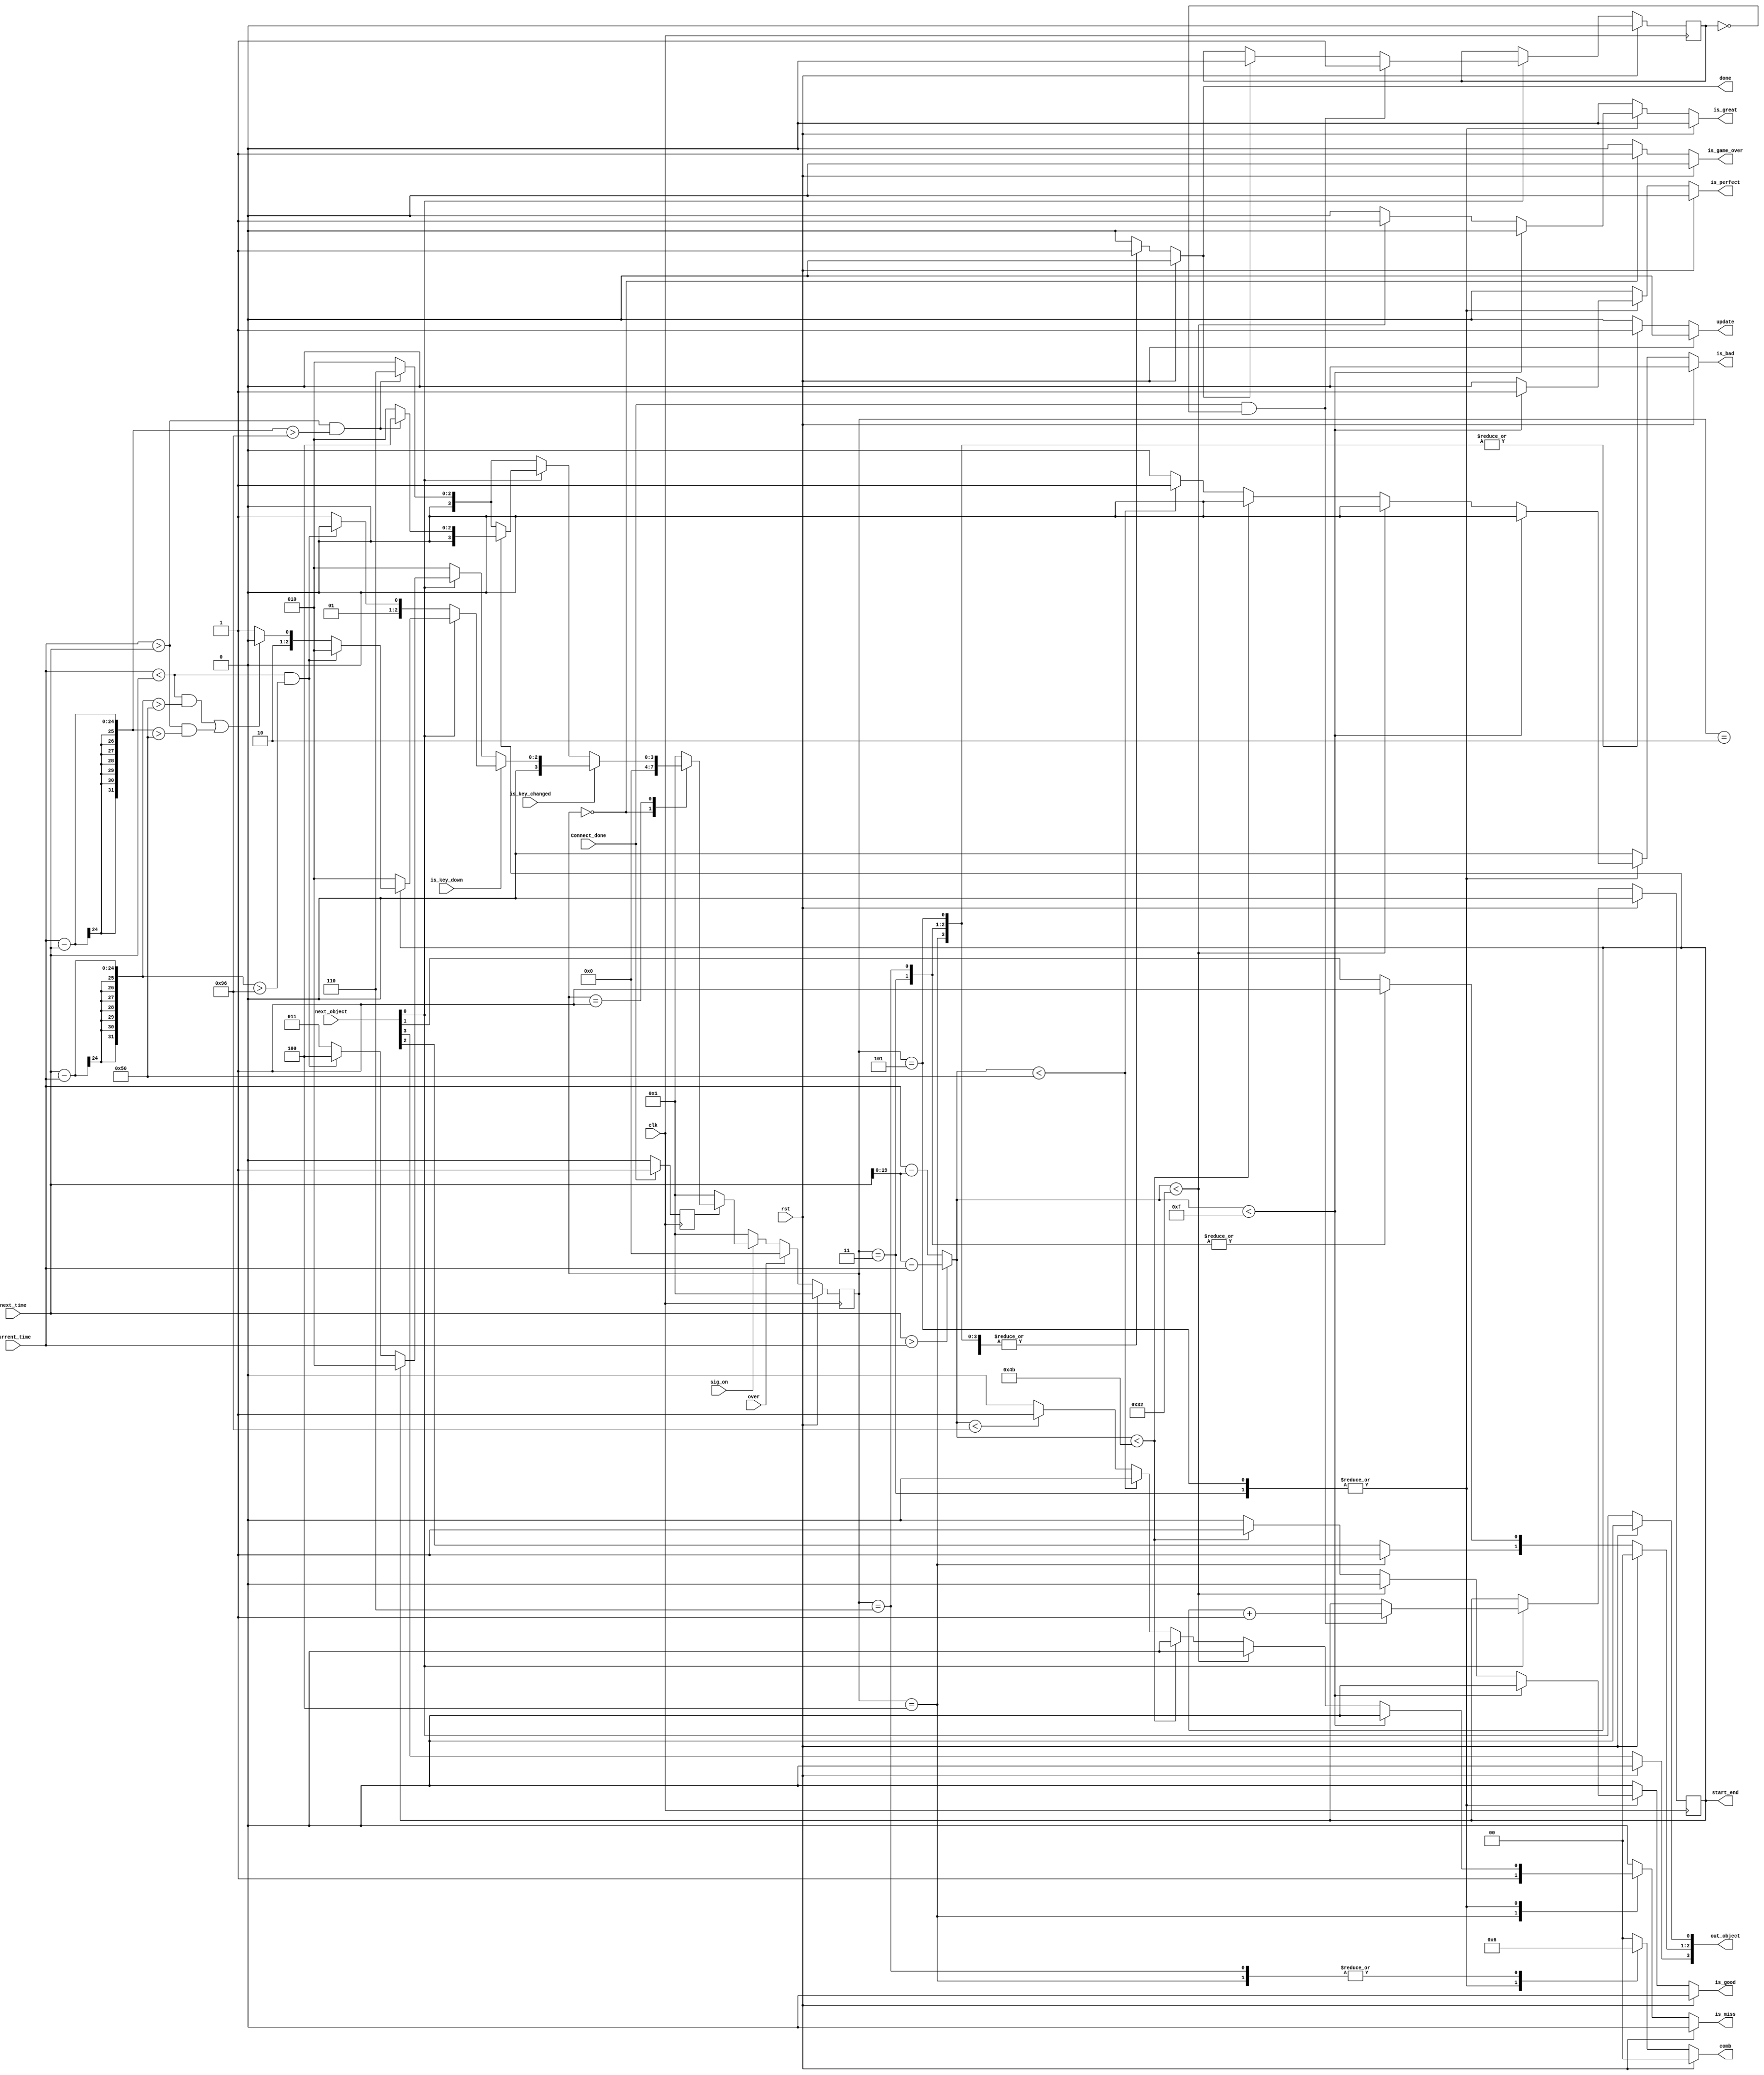
// Copyright (c) UnnamedOrange and Jack-Lyu. Licensed under the MIT License.
// See the LICENSE file in the repository root for full license text.

/// <projectname>mania-to-go</projectname>
/// <modulename>update_single_track_t</modulename>
/// <filedescription> update </filedescription>
/// <version>
/// 0.0.1 (UnnamedOrange) : 
/// 0.0.2 (Jack-Lyu) : 
/// </version>

`timescale 1ns / 1ps

module single_track_judge(
	input clk,
	input rst,
	input sig_on,
	input is_key_down,
	input is_key_changed,
	input [19:0] current_time,
	input [23:0] next_time,
	input [3:0] next_object,
	input over,
	output update,//connect_BRAM
	output [3:0] out_object,
	output [1:0] comb,
	output done,
	output is_game_over,
	output is_miss,
	output is_bad,
	output is_good,
	output is_great,
	output is_perfect,
	output start_end,
	input Connect_done
    );
    
    parameter tmiss=150;
    parameter tbad=80;
    parameter tgood=75;
    parameter tgreat=50;
    parameter tperfect=15;
  
  	parameter Over=4'b0;//GameOver,rst
    parameter Idle=4'b01;//
    parameter Done=4'b10;//
    parameter Disappear=4'b11;//out_objectcomb,
    parameter Discard=4'b100;//
    parameter None=4'b101;//
    parameter N_Disappear=4'b110;//
    
    reg Start_End=0;//1next_timestart,0next_timeend
    assign start_end = Start_End;
    reg pulsed;
    always @(posedge clk) begin
    	if(rst) begin
    		pulsed <= 0;
    		Start_End <= 0;
    	end
    	else begin
    		if(next_object[0]) begin
				if ( Connect_done & !pulsed ) begin
					pulsed <= 1;
					Start_End <= Start_End + 1 ;
				end
				else if( done ) begin
					pulsed <= 0;
				end
    		end
    	end
    end
    
    
    
    reg work;
    reg [3:0] curr_state;
    reg [3:0] next_state;   
    
    always @ (posedge clk) begin
    	if(rst)
    		curr_state <= Idle;
    	else if(over)
    		curr_state <= Over;
    	else
    		curr_state <= next_state;
    end
    always @(posedge clk) begin
    	if(Connect_done) begin
    		work <= 1;
    	end	
    	else
    		work <= 0;
    end
    always @ (*) begin
    	if(!sig_on)
    		next_state = Idle ;
    	else if(!work)
    		next_state = Idle ;
    	else if(over)
    		next_state = Over ;
    	else begin
    		case(curr_state)
    			Over: next_state = (rst) ? Idle : Over ;
    			Idle: begin
    				if(!is_key_changed) begin// 
    					if(!next_object[0]) begin//
    						if( current_time > next_time & current_time - next_time > tmiss )//
    							next_state = N_Disappear;
    						else 
    							next_state = Done;// 
    					end
    					else begin// 
    						if(Start_End) begin//
    							if( current_time > next_time & current_time - next_time > tmiss )//
    								next_state = Discard;
    							else 
    								next_state = Done;// 
    						end
    						else begin// 
    							if( current_time > next_time & current_time - next_time > tmiss )//
    								next_state = N_Disappear;
    							else 
    								next_state = Done;
    						end
    					end
    				end
    				else if(is_key_down) begin
    					if(!next_object[0]) begin//
    						if( current_time < next_time & next_time - current_time > tmiss ) 
    							next_state = Done;
    						else 
    							next_state = Disappear;
    					end
    					else begin//
    						if(Start_End) begin//
    							if( current_time < next_time & next_time - current_time > tmiss )
    								next_state = Done;
    							else begin
    								if(( current_time < next_time & next_time - current_time > tbad )|( current_time > next_time & current_time - next_time > tbad ))
    									next_state = Discard;
    								else
    									next_state = None;
    							end
    						end
    						else begin
    							next_state = Done;
    							//
    						end
    					end
    				end
    				else begin//
    					if(!next_object[0]) begin//
    						next_state = Done;
    						// 
    					end
    					else begin// 
    						if(Start_End) begin//
    							next_state = Done;
    							// 
    						end
    						else begin// 
    							if( current_time < next_time & next_time - current_time > tmiss ) begin//
    								next_state = Discard;//, ;
    							end
    							else begin
    								//  OK
    								next_state = Disappear;
    							end
    						end
    					end
    				end
    			end
    			Done: next_state = Idle;
    			Disappear: next_state = Idle;
    			Discard: next_state = Idle;
    			None: next_state = Idle;
    			N_Disappear: next_state = Idle;
    			default: next_state = Idle;
    		endcase
    	end
    end
    
    reg Update;//connect_BRAM
	reg [3:0] Out_object;
	reg [1:0] Comb;
	reg DONE;
	reg Is_game_over;
	reg Is_miss;
	reg Is_bad;
	reg Is_good;
	reg Is_great;
	reg Is_perfect;
	reg [19:0] delta_time;
    always @ (*) begin//
    	if(rst) begin//0
    		Comb=0        ;
    		Update=0      ;
    		DONE=0        ;
    		Is_game_over=0;
    		Is_miss=0     ;
    		Is_bad=0      ;  
    		Is_good=0     ;  
    		Is_great=0    ;  
    		Is_perfect=0  ;  
    		Out_object =0 ;
    	end
    	else begin
    		Out_object=next_object;
    		Comb=0        ;
    		Update=0      ;
    		DONE=0        ;
    		Is_game_over=0;
    		Is_miss=0     ;
    		Is_bad=0      ;  
    		Is_good=0     ;  
    		Is_great=0    ;  
    		Is_perfect=0  ;  
    		if(next_time > current_time)
    			delta_time = next_time - current_time ;
    		else
    			delta_time = current_time - next_time ;
			case(curr_state)
				Over: Is_game_over = 1 ;
				Idle: begin
					Comb = 2'b00;
					DONE = 0    ;
					Update=0    ;
				end
				Done: begin
					Comb = 2'b00;
					DONE = 1    ;
					Update=0    ;
				end
				Disappear: begin
					Comb = 2'b01;
					DONE = 1    ;
					Update=1    ;
					Out_object[1]=1;
					if( delta_time < tperfect )
						Is_perfect = 1 ;
					else if( delta_time < tgreat )
						Is_great = 1 ;
					else if( delta_time < tgood )
						Is_good = 1 ;
					else if( delta_time < tbad )
						Is_bad = 1 ;
					else if( delta_time < tmiss )
						Is_miss = 1 ;
				end
				Discard: begin
					Comb = 2'b10;
					DONE = 1    ;
					Update=1    ;
					Out_object[2]=1;
					Is_miss = 1 ;
				end
				None: begin
					Comb = 2'b01;
					DONE = 1    ;
					Update=1    ;
					if( delta_time < tperfect )
						Is_perfect = 1 ;
					else if( delta_time < tgreat )
						Is_great = 1 ;
					else if( delta_time < tgood )
						Is_good = 1 ;
					else if( delta_time < tbad )
						Is_bad = 1 ;
					else if( delta_time < tmiss )
						Is_miss = 1 ;
				end
				N_Disappear: begin
					Comb = 2'b10;
					DONE = 1    ;
					Update=1    ;
					Out_object[1]=1;
				end
				default: begin
					Comb = 2'b00;
					DONE = 0    ;
					Update=0    ;
				end
			endcase
		end
    end
    assign update = Update;
    assign out_object = Out_object;
    assign comb = Comb;
    assign done = DONE;
    assign is_game_over = Is_game_over;
    assign is_miss = Is_miss;
    assign is_bad = Is_bad;
    assign is_good = Is_good;
    assign is_great = Is_great;
    assign is_perfect = Is_perfect;
    
endmodule